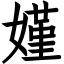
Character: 嫤